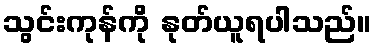
သွင်းကုန်ကို နုတ်ယူရပါသည်။